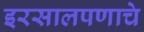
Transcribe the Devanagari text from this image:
इरसालपणाचे